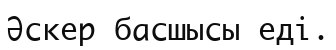
Әскер басшысы еді.